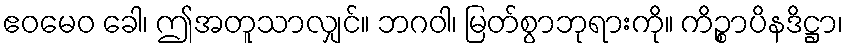
ဧဝမေဝ ခေါ၊ ဤအတူသာလျှင်။ ဘဂဝါ၊ မြတ်စွာဘုရားကို။ ကိဉ္စာပိနဒိဋ္ဌာ၊